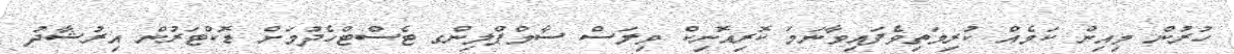
ހުރުން މިއިން ކަމެއް ކުރިމަތިވެފައިވާނަމަ ކޮރިއޮނިކް ވިލަސް ސާމްޕްލިންގ ޓެސްޓްހެދުމަށް ޑޮކްޓަރުން އިރުޝާދު